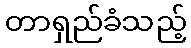
တာရှည်ခံသည့်